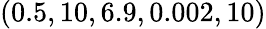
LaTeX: (0.5,10,6.9,0.002,10)